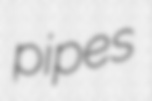
pipes